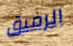
الرفيق